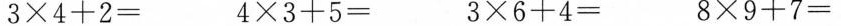
3\times4+2= 4\times3+5= 3\times6+4 8\times9+7=